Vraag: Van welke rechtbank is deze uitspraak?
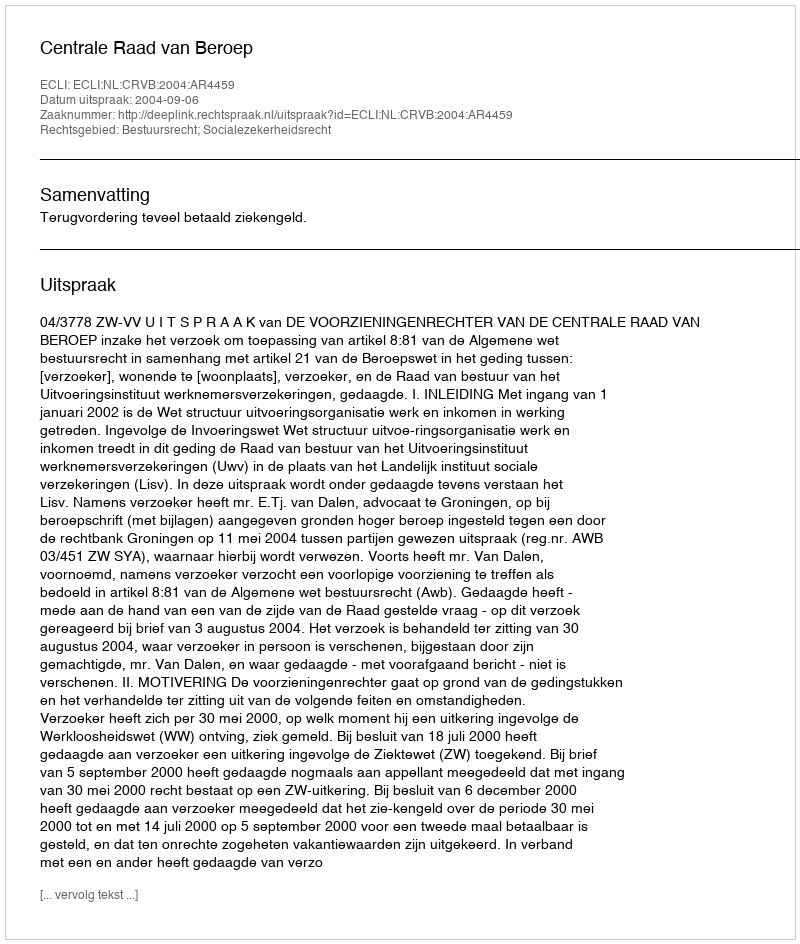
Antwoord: Centrale Raad van Beroep